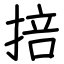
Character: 掊